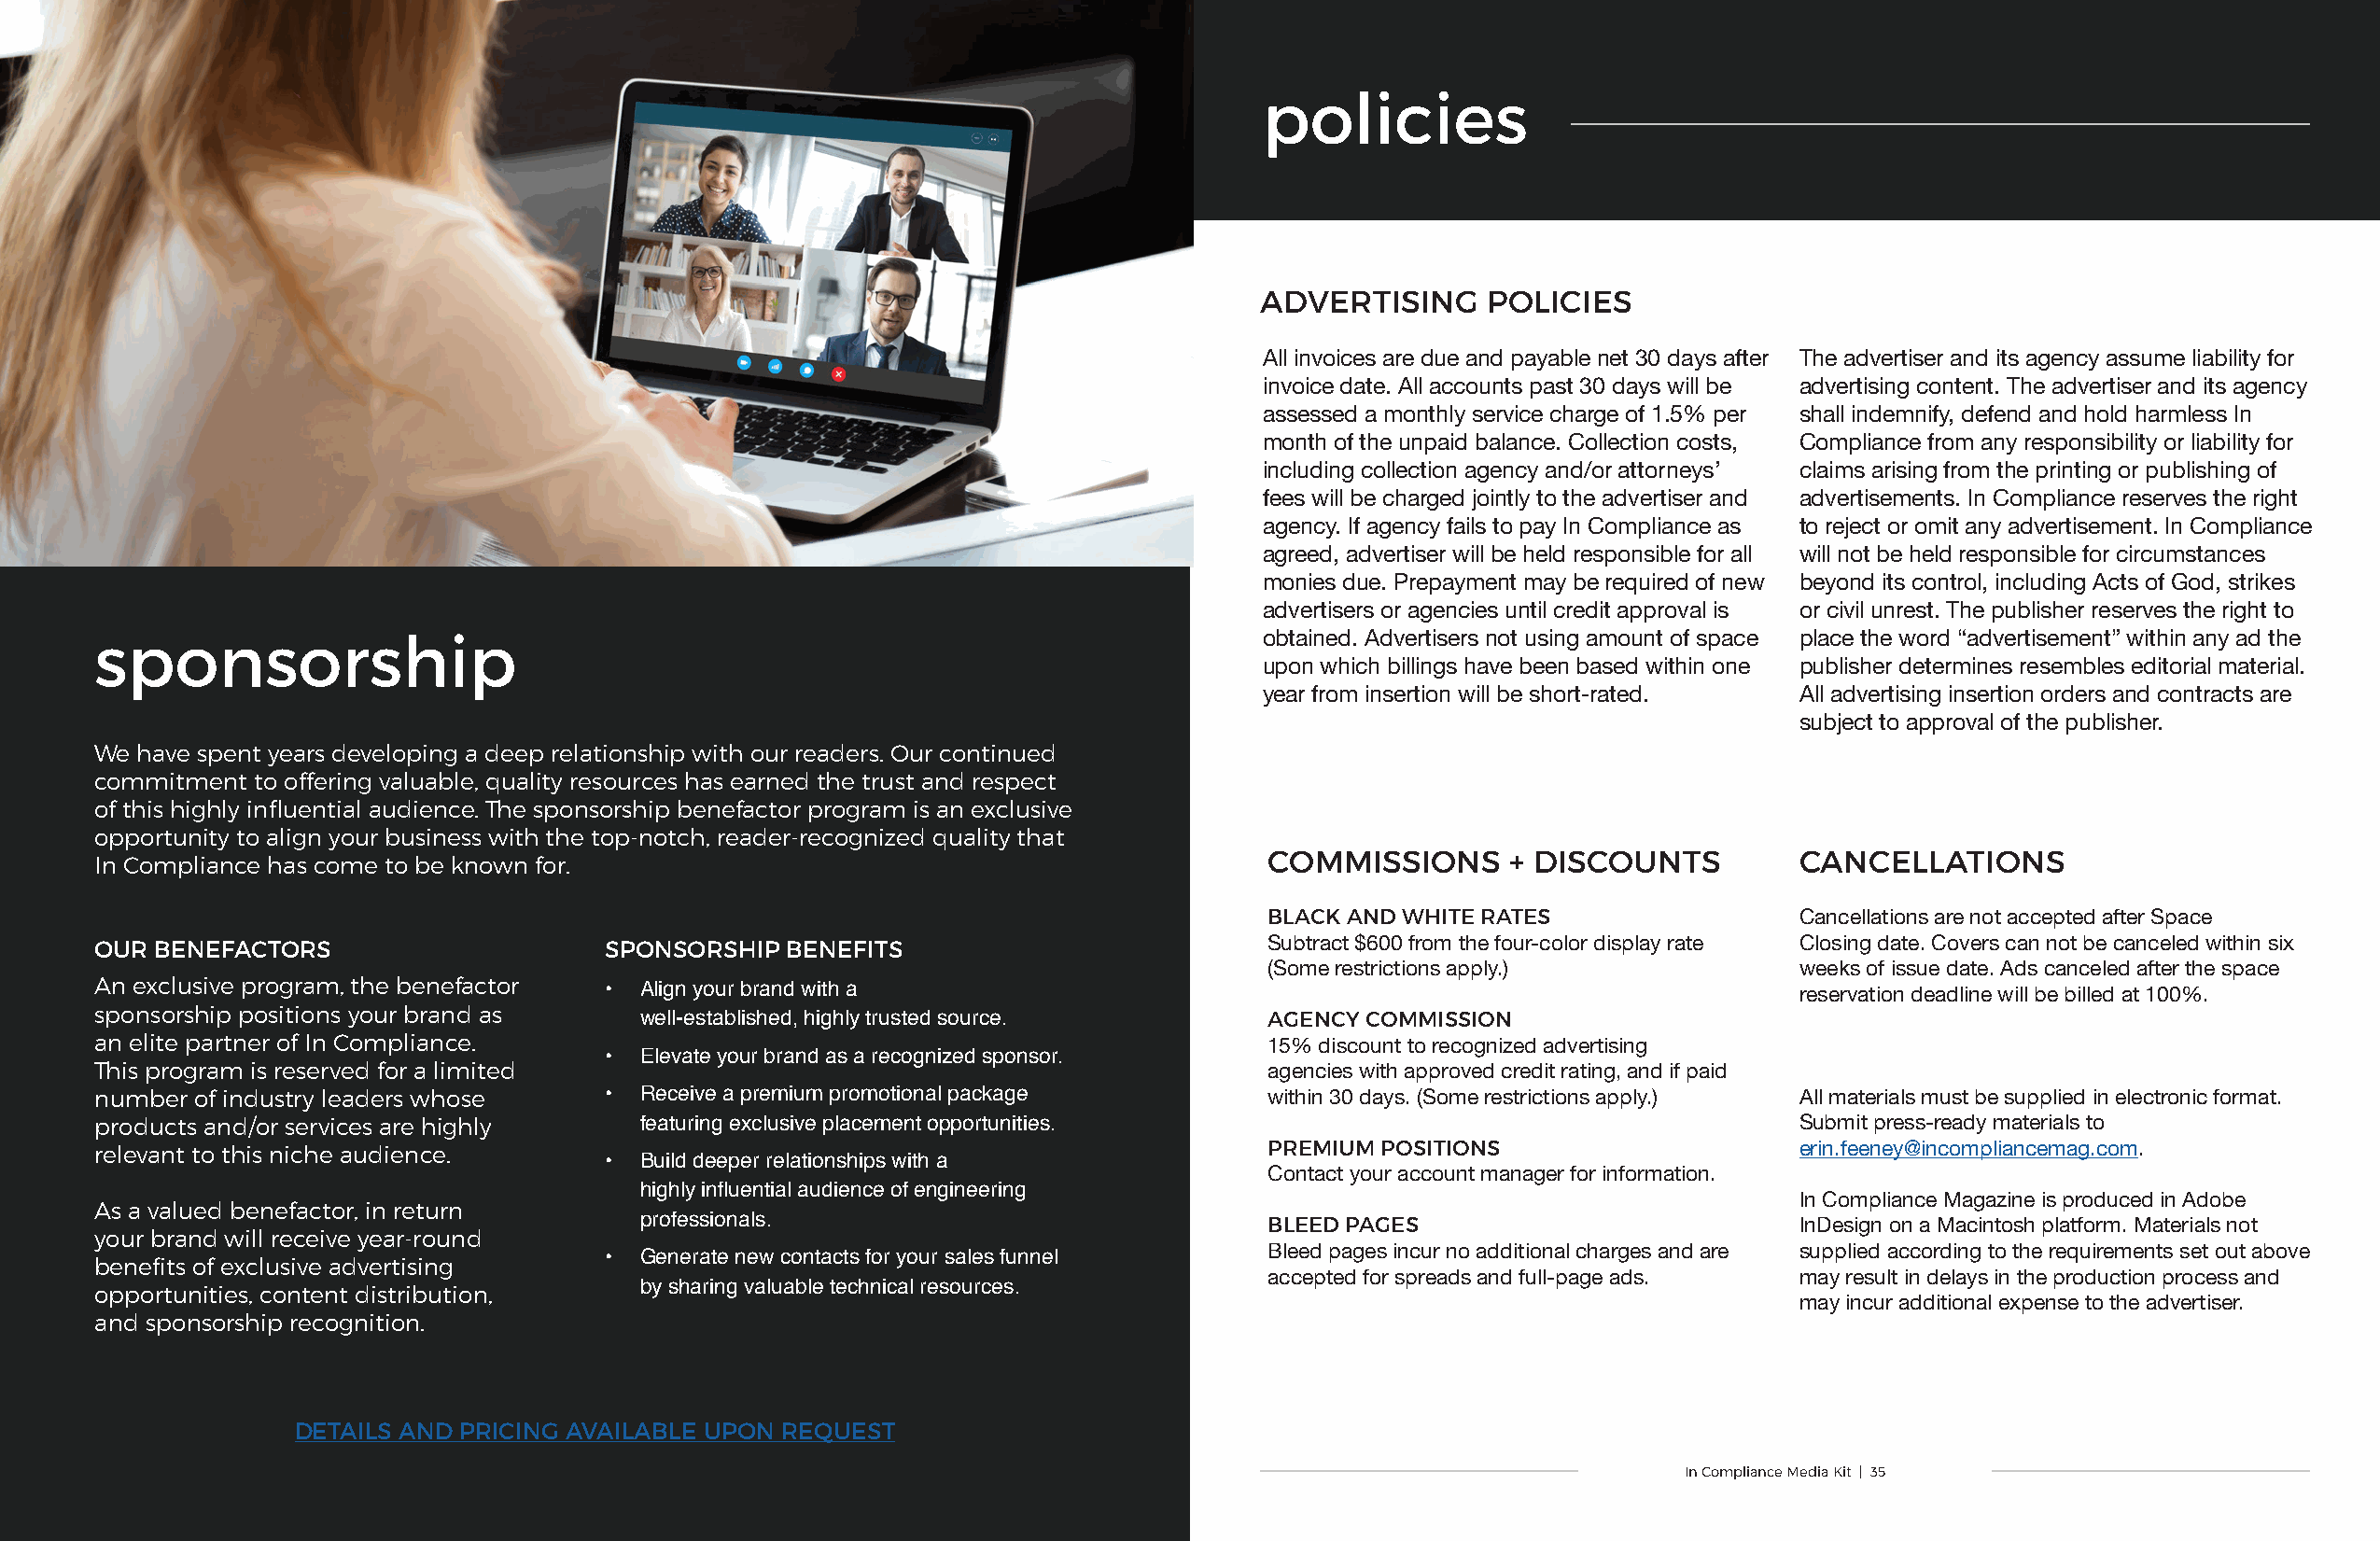
policies
 ADVERTISING     POLICIES
 All invoices are due and payable net 30 days after The advertiser and its agency assume liability for
 invoice date. All accounts past 30 days will be advertising content. The advertiser and its agency
 assessed a monthly service charge of 1.5% per shall indemnify, defend and hold harmless In
 month of the unpaid balance. Collection costs, Compliance from any responsibility or liability for
 including collection agency and/or attorneys’ claims arising from the printing or publishing of
 fees will be charged jointly to the advertiser and advertisements. In Compliance reserves the right
 agency. If agency fails to pay In Compliance as to reject or omit any advertisement. In Compliance
 agreed, advertiser will be held responsible for all will not be held responsible for circumstances
 monies due. Prepayment may be required of new beyond its control, including Acts of God, strikes
 advertisers or agencies until credit approval is or civil unrest. The publisher reserves the right to
 sponsorship                                                                        obtained. Advertisers not using amount of space place the word “advertisement” within any ad the
 upon which billings have been based within one publisher determines resembles editorial material.
 year from insertion will be short-rated. All advertising insertion orders and contracts are
 subject to approval of the publisher.
 We have spent years developing a deep relationship with our readers . Our continued
 commitment to offering valuable, quality resources has earned the trust and respect
 of this highly influential audience . The sponsorship benefactor program is an exclusive
 opportunity to align your business with the top-notch, reader-recognized quality that
 COMMISSIONS      + DISCOUNTS          CANCELLATIONS
 In Compliance has come to be known for .
 BLACK AND WHITE RATES                 Cancellations are not accepted after Space
 OUR BENEFACTORS                     SPONSORSHIP  BENEFITS                          Subtract $600 from the four-color display rate Closing date. Covers can not be canceled within six
 (Some restrictions apply.)            weeks of issue date. Ads canceled after the space
 An exclusive program, the benefactor
 • Align your brand with a                                                            reservation deadline will be billed at 100%.
 sponsorship positions your brand as
 well-established, highly trusted source.     AGENCY COMMISSION
 an elite partner of In Compliance .
 15% discount to recognized advertising
 • Elevate your brand as a recognized sponsor.
 This program is reserved for a limited
 agencies with approved credit rating, and if paid
 number of industry leaders whose    • Receive a premium promotional package        within 30 days. (Some restrictions apply.) All materials must be supplied in electronic format.
 products and/or services are highly   featuring exclusive placement opportunities.                                       Submit press-ready materials to
 relevant to this niche audience .                                                  PREMIUM POSITIONS                     erin.feeney@incompliancemag.com.
 • Build deeper relationships with a
 Contact your account manager for information.
 highly influential audience of engineering
 As a valued benefactor, in return                                                                                        In Compliance Magazine is produced in Adobe
 professionals.                               BLEED PAGES                           InDesign on a Macintosh platform. Materials not
 your brand will receive year-round
 Bleed pages incur no additional charges and are supplied according to the requirements set out above
 benefits of exclusive advertising   • Generate new contacts for your sales funnel
 accepted for spreads and full-page ads. may result in delays in the production process and
 opportunities, content distribution,  by sharing valuable technical resources.
 may incur additional expense to the advertiser.
 and sponsorship recognition .
 DETAILS AND PRICING AVAILABLE UPON REQUEST
 In Compliance Media Kit | 35